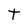
Character: t